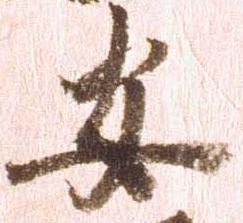
安